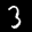
Label: 3